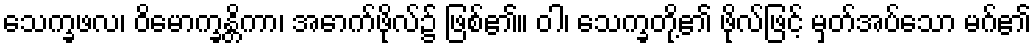
သေက္ခဖလ၊ ဝိမောက္ခန္တိကာ၊ အောက်ဖိုလ်၌ ဖြစ်၏။ ဝါ၊ သေက္ခတို့၏ ဖိုလ်ဖြင့် မှတ်အပ်သော မဂ်၏